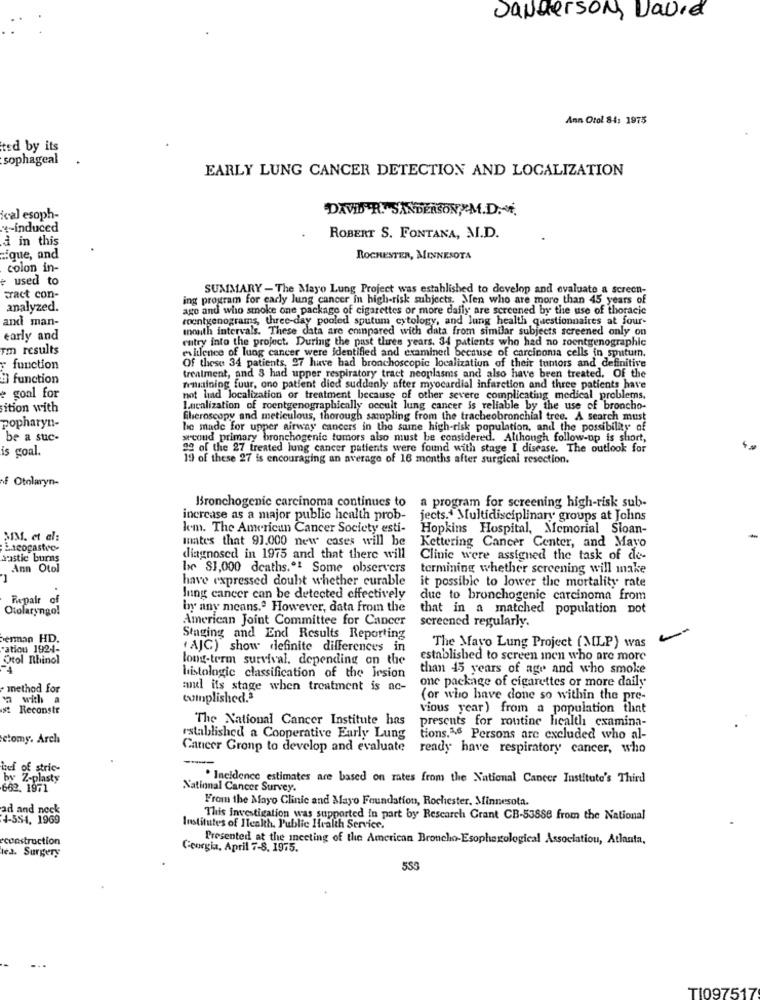
Sanderson, David
Ann Otol 84: 1975
ted by its
sophageal
EARLY LUNG CANCER DETECTION AND LOCALIZATION
DAVID'R."SANDERSON/ M.D ..
ical esoph-
*- induced
à in this
ROBERT S. FONTANA, M.D.
rique, and
ROCHESTER, MINNESOTA
colon in-
+ used to
SUMMARY - The Mayo Lung Project was established to develop and evaluate a screen-
Fract con-
ing program for carly lung cancer in high-risk subjects. Men who are more than 45 years of
analyzed.
ago and who smoke one package of cigarettes or more daily are screened by the use of thoracic
and man-
roentgenograms, three-day pooled sputum cytology, and lung health questionnaires at four-
mouth intervals. These data are compared with data from similar subjects screened only on
early and
entry into the project. During the past three years. 34 patients who had no roentgenographic
Tm results
evilence of lung cancer were identified and examined because of carcinoma cells in sputumn.
function
Of these 34 patients, 97 have bad bronchoscopic localization of their tumors and definitive
El function
treatment, and 3 had upper respiratory tract neoplasms and also have been treated. Of the
Amaining four, one patient died suddenly after myocardial infarction and three patients have
e goal for
not had localization or treatment because of other severe complicating medical problems.
ition with
Lacalization of roentgenographically occult lung cancer is reliable by the use of broncho-
popharyn-
fiberoscopy and meticulous, thorough sampling from the tracheobronchial tree. A search must
he made for upper airway cancers in the same high-risk population, and the possibility of
be a suc-
wrooud primary bronchogenic tumors also must be considered. Although follow-up is short,
is goal.
92 of the 27 treated lung cancer patients were found with stage I disease. The outlook for
19 of these 27 is encouraging an average of 16 months after surgical resection.
f Otolaryn-
Bronchogenic carcinoma continues to
a program for screening high-risk sub-
increase as a major public health prob-
jects." Multidisciplinary groups at Johns
km. The American Cancer Society esti-
Hopkins Hospital, Memorial Sloan-
SIM. et al:
mates that 93.000 new cases will be
Laeogastoc-
Kettering Cancer Center, and Mayo
spastic burns
diagnosed in 1975 and that there will
Clinic were assigned the task of de-
Ann Otol
be 81,000 deaths. Some observers
termining whether screening will make
-
have expressed doubt whether curable
it possible to lower the mortality rate
Repair of
lung cancer can be detected effectively
due to bronchogenic carcinoma from
Otolaryngo!
by any means.ª However, data from the
that in a matched population not
American Joint Committee for Cancer
screened regularly.
erman HD.
Staging and End Results Reporting
"atiou 1924-
" AJC) show definite differences in
The Mayo Lung Project (MLP) was
Otol Rhinol
long-term survival. depending on the
established to screen men who are more
4
than 45 years of age and who smoke
histologic classification of the Irsion
one package of cigarettes or more daily
method for
mul its stage when treatment is ac-
with a
tumplished.3
(or who have done so within the pre-
st Reconstr
vious year) from a population that
The National Cancer Institute has
prescuts for routine licalth examina-
ctomy. Arch
established a Cooperative Early Lung
tions.AS Persons are excluded who al-
Cancer Gronp to develop and evaluate
ready have respiratory cancer, who
-
boef of stric-
by Z-plasty
. Incidence estimates are based on rates from the National Cancer Institute's Third
662. 1971
National Cancer Survey.
From the Mayo Clinic and Mayo Foundation, Rochester. Minnesota.
ad and neck
4-554. 1969
This investigation was supported In part by Research Grant CB-53888 from the National
Institutes of Health. Public Health Service.
econstruction
Presented at the meeting of the American Broncho-Esophagological Association, Atlanta,
les. Surgery
Georgia, April 7-8. 1975.
553
TI097517